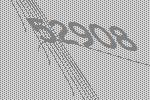
52908